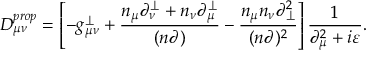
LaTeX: D _ { \mu \nu } ^ { p r o p } = \left[ - g _ { \mu \nu } ^ { \perp } + \frac { n _ { \mu } \partial _ { \nu } ^ { \perp } + n _ { \nu } \partial _ { \mu } ^ { \perp } } { ( n \partial ) } - \frac { n _ { \mu } n _ { \nu } \partial _ { \perp } ^ { 2 } } { ( n \partial ) ^ { 2 } } \right] \frac { 1 } { \partial _ { \mu } ^ { 2 } + i \varepsilon } .